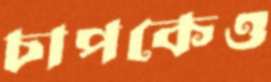
চাপকেও